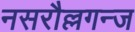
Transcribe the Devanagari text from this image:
नसरौल्लगन्ज